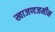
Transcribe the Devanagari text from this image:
खाजणजमीन